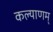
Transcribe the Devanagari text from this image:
कल्‍याणम्